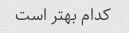
کدام بهتر است